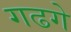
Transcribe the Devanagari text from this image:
गढगे